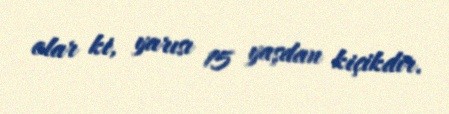
olar ki, yarısı 15 yaşdan kiçikdir.